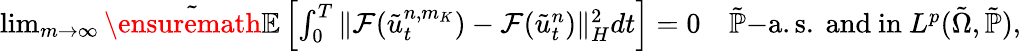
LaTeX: \begin{array}{r}{\operatorname*{lim}_{m\rightarrow\infty}\tilde{\ensuremath{{\mathbb E}}}\left[\int_{0}^{T}\| \mathcal{F}(\tilde{u}_{t}^{n,m_{K}})-\mathcal{F}(\tilde{u}_{t}^{n})\| _{H}^{2}dt\right]=0\quad\tilde{\mathbb{P}}\mathrm{-a.s.~and~in~}L^{p}(\tilde{\Omega},\tilde{\mathbb{P}}),}\end{array}